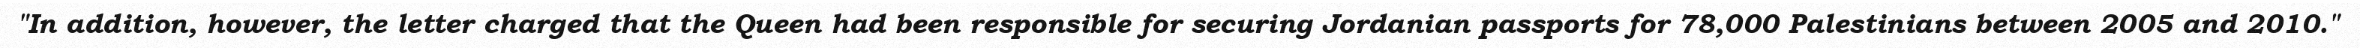
"In addition, however, the letter charged that the Queen had been responsible for securing Jordanian passports for 78,000 Palestinians between 2005 and 2010."